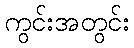
ကွင်းအတွင်း